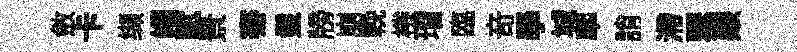
斂卡缬帽賦景騫鬛牓崩輓棬瑁臨竒學城翆誚滯翠艱